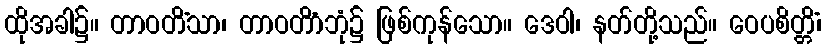
ထိုအခါ၌။ တာဝတိံသာ၊ တာဝတိံာဘုံ၌ ဖြစ်ကုန်သော။ ဒေဝါ၊ နတ်တို့သည်။ ဝေပစိတ္တိံ၊